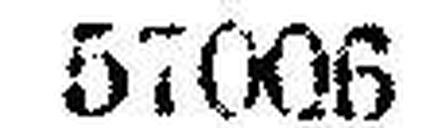
57006